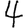
Digit: 4